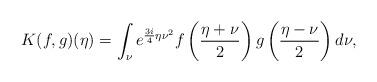
LaTeX: \begin{align*}K(f,g)(\eta) = \int_\nu e^{ \frac {3i} 4 \eta \nu^2} f \left( \frac{\eta + \nu}{2} \right) g \left( \frac{\eta - \nu}{2} \right) d\nu, \end{align*}